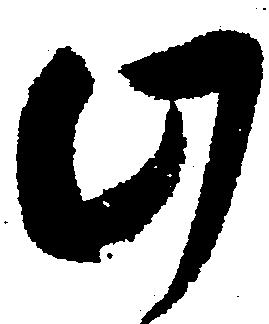
此